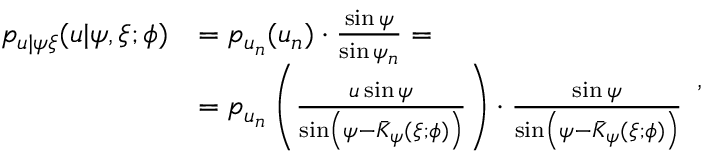
\begin{array} { r l } { p _ { u | \psi \xi } ( u | \psi , \xi ; \phi ) } & { = p _ { u _ { n } } ( u _ { n } ) \cdot \frac { \sin \psi } { \sin \psi _ { n } } = } \\ & { = p _ { u _ { n } } \left( \frac { u \sin \psi } { \sin \left( \psi - \bar { K } _ { \psi } ( \xi ; \phi ) \right) } \right) \cdot \frac { \sin \psi } { \sin \left( \psi - \bar { K } _ { \psi } ( \xi ; \phi ) \right) } } \end{array} \mathrm { , }